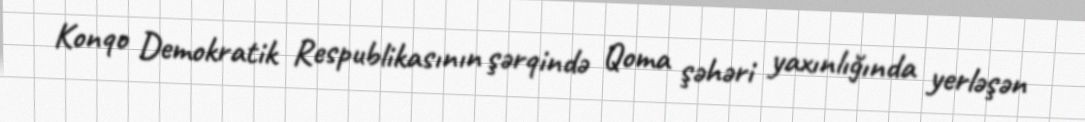
Konqo Demokratik Respublikasının şərqində Qoma şəhəri yaxınlığında yerləşən